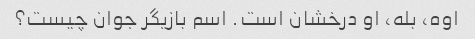
اوه، بله، او درخشان است. اسم بازیگر جوان چیست؟